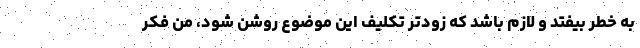
به خطر بیفتد و لازم باشد که زودتر تکلیف این موضوع روشن شود، من فکر